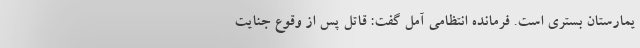
یمارستان بستری است. فرمانده انتظامی آمل گفت: قاتل پس از وقوع جنایت